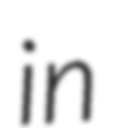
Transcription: in